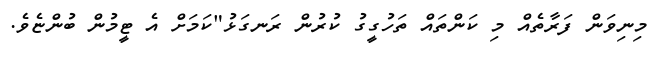
މިނިވަން ފަރާތެއް މި ކަންތައް ތަހުގީގު ކުރުން ރަނގަޅު"ކަމަށް އެ ޓީމުން ބުންޏެވެ.